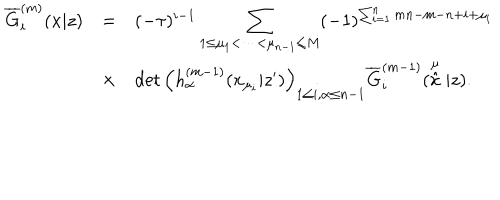
LaTeX: \begin{array} { r c l } { { \overline { { { G } } } _ { i } ^ { ( m ) } ( x | z ) } } & { { = } } & { { ( - \tau ) ^ { i - 1 } \displaystyle \sum _ { 1 \leq \mu _ { 1 } < \cdots < \mu _ { n - 1 } \leq M } ( - 1 ) ^ { \sum _ { i = 1 } ^ { n } m n - m - n + i + \mu _ { i } } } } \\ { { } } & { { \times } } & { { \det \left( h _ { \alpha } ^ { ( m - 1 ) } ( x _ { \mu _ { i } } | z ^ { \prime } ) \right) _ { 1 \leq i , \alpha \leq n - 1 } \overline { { { G } } } _ { i } ^ { ( m - 1 ) } ( \stackrel { \mu } { \hat { x } } | z ) . } } \\ \end{array}